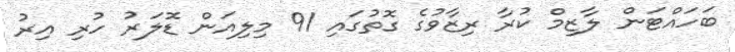
ބަހައްޓަން ލާޒިމް ކުރާ ރިޒާވުގެ ގޮތުގައި 91 މިލިއަން ޑޮލަރު ހުރި އިރު